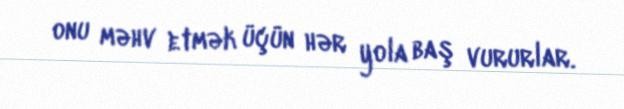
onu məhv etmək üçün hər yola baş vururlar.